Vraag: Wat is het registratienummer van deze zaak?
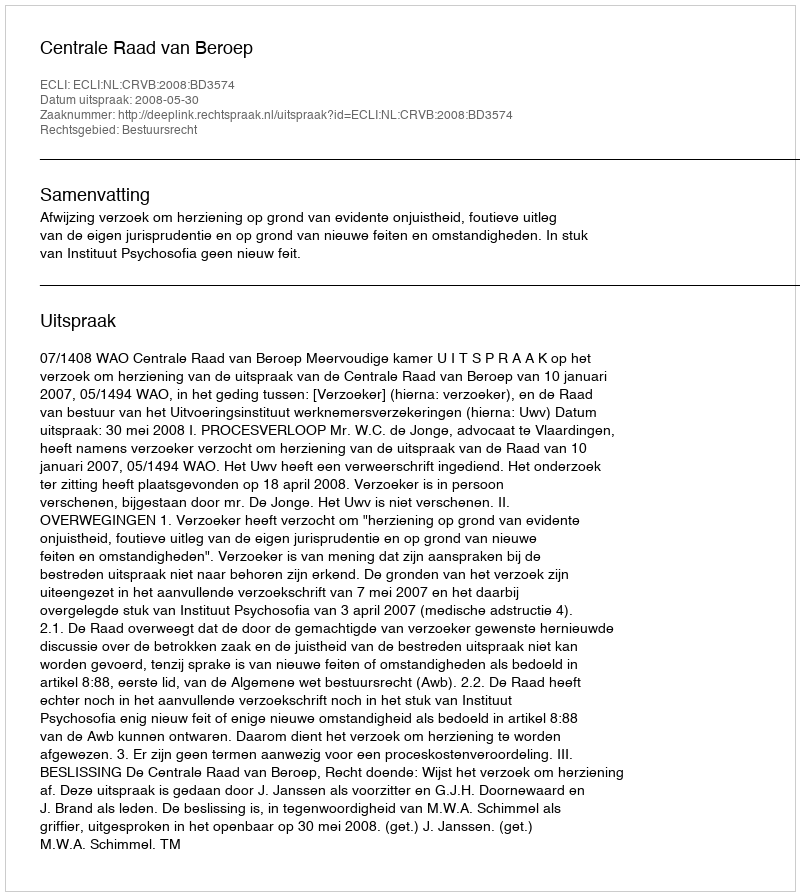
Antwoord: http://deeplink.rechtspraak.nl/uitspraak?id=ECLI:NL:CRVB:2008:BD3574